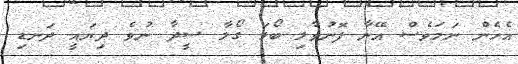
އެހެން ނަމަވެސް އޭނާ ފޮނުވާލި ބޯޅަ ގޯލާ ސީދާ ނުވެ ދިޔައީ ދަނޑި